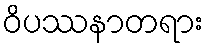
ဝိပဿနာတရား